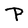
Character: P